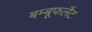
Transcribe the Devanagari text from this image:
बम्बूफलैट